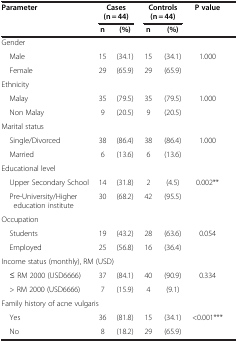
| <ROWSPAN=2> Parameter | <COLSPAN=2> Cases (n = 44) | <COLSPAN=2> Controls (n = 44) | <ROWSPAN=2> P value |
 | n | (%) | n | (%) |
 | --- | --- | --- | --- | --- | --- |
 | <COLSPAN=6> Gender |
 | Male | 15 | (34.1) | 15 | (34.1) | 1.000 |
 | Female | 29 | (65.9) | 29 | (65.9) |  |
 | <COLSPAN=6> Ethnicity |
 | Malay | 35 | (79.5) | 35 | (79.5) | 1.000 |
 | Non Malay | 9 | (20.5) | 9 | (20.5) |  |
 | <COLSPAN=6> Marital status |
 | Single/Divorced | 38 | (86.4) | 38 | (86.4) | 1.000 |
 | Married | 6 | (13.6) | 6 | (13.6) |  |
 | <COLSPAN=6> Educational level |
 | Upper Secondary School | 14 | (31.8) | 2 | (4.5) | 0.002** |
 | Pre-University/Higher education institute | 30 | (68.2) | 42 | (95.5) |  |
 | <COLSPAN=6> Occupation |
 | Students | 19 | (43.2) | 28 | (63.6) | 0.054 |
 | Employed | 25 | (56.8) | 16 | (36.4) |  |
 | <COLSPAN=6> Income status (monthly), RM (USD) |
 | ≤ RM 2000 (USD6666) | 37 | (84.1) | 40 | (90.9) | 0.334 |
 | > RM 2000 (USD6666) | 7 | (15.9) | 4 | (9.1) |  |
 | <COLSPAN=6> Family history of acne vulgaris |
 | Yes | 36 | (81.8) | 15 | (34.1) | <0.001*** |
 | No | 8 | (18.2) | 29 | (65.9) |  |